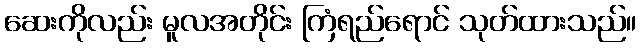
ဆေးကိုလည်း မူလအတိုင်း ကြံရည်ရောင် သုတ်ထားသည်။